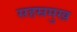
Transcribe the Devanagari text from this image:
सहस्रमुख